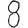
Digit: 8